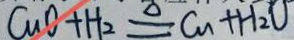
C u O + H _ { 2 } \xlongequal { \Delta } C u + H _ { 2 } O